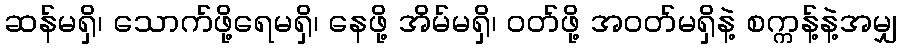
ဆန်မရှိ၊ သောက်ဖို့ရေမရှိ၊ နေဖို့ အိမ်မရှိ၊ ဝတ်ဖို့ အဝတ်မရှိနဲ့ စက္ကန့်နဲ့အမျှ